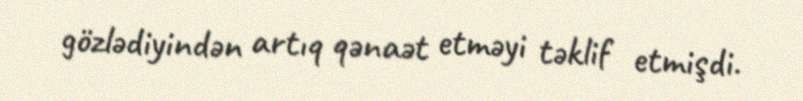
gözlədiyindən artıq qənaət etməyi təklif etmişdi.